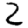
Digit: 2